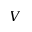
V